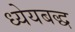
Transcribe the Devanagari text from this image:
ध्येयबद्ध